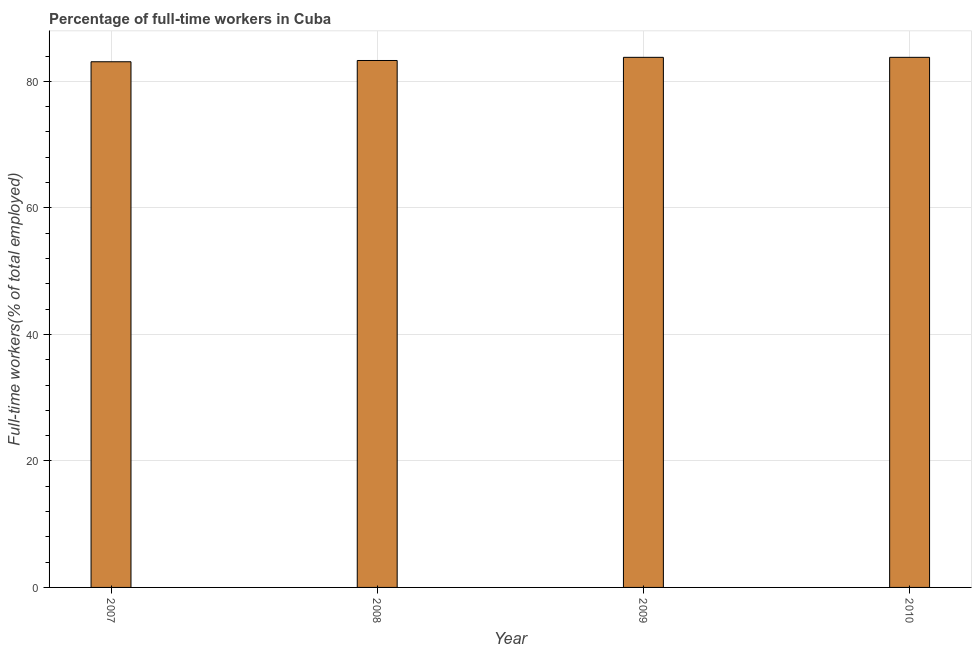
| Year | Wage and salaried workers |
 | --- | --- |
 | 2007 | 83.1 |
 | 2008 | 83.3 |
 | 2009 | 83.8 |
 | 2010 | 83.8 |